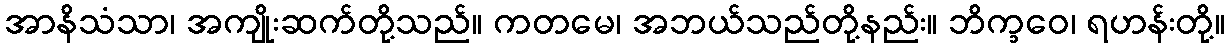
အာနိသံသာ၊ အကျိုးဆက်တို့သည်။ ကတမေ၊ အဘယ်သည်တို့နည်း။ ဘိက္ခဝေ၊ ရဟန်းတို့။